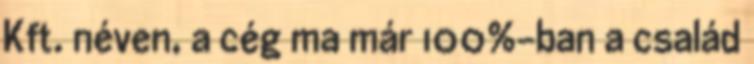
Kft. néven, a cég ma már 100%-ban a család